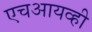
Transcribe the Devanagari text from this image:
एचआयव्ही